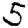
Digit: 5